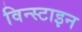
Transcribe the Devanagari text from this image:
विन्स्टाइन